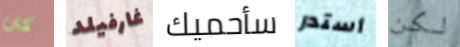
كان غارفيلد سأحميك أستدر لكن